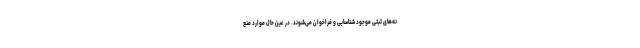
نه‌های ثبتی موجود شناسایی و فراخوان می‌شوند. در عین حال موارد منع